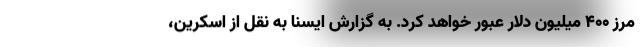
مرز ۴۰۰ میلیون دلار عبور خواهد کرد. به گزارش ایسنا به نقل از اسکرین،